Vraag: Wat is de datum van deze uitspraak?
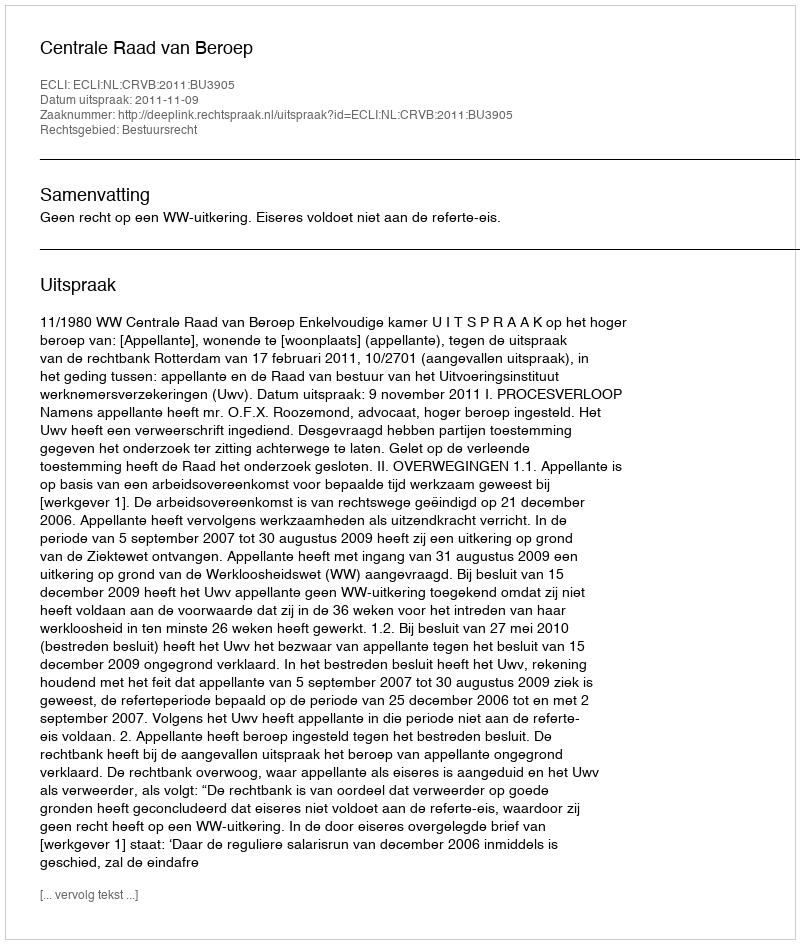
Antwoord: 2011-11-09